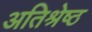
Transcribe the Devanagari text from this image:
अतिश्रेष्‍ठ